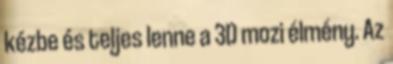
kézbe és teljes lenne a 3D mozi élmény. Az